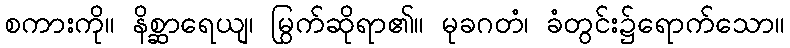
စကားကို။ နိစ္ဆာရေယျ၊ မြွက်ဆိုရာ၏။ မုခဂတံ၊ ခံတွင်း၌ရောက်သော။